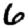
Digit: 6